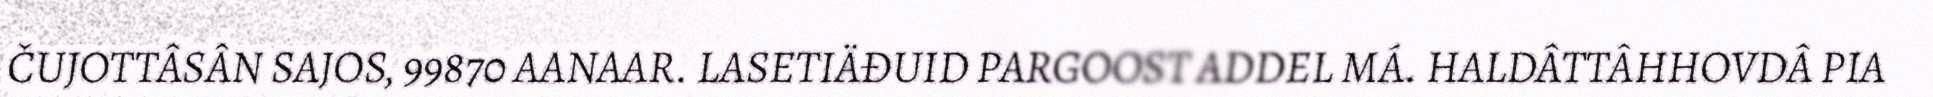
ČUJOTTÂSÂN SAJOS, 99870 AANAAR. LASETIÄĐUID PARGOOST ADDEL MÁ. HALDÂTTÂHHOVDÂ PIA